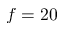
f = 2 0